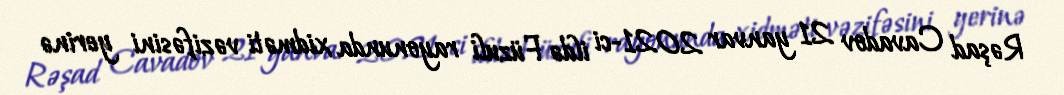
Rəşad Cavadov 21 yanvar 2021-ci ildə Füzuli rayonunda xidməti vəzifəsini yerinə